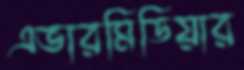
এভারমিডিয়ার